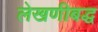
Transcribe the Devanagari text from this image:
लेखणीबद्ध